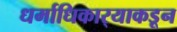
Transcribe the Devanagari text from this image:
धर्माधिकार्‍याकडून